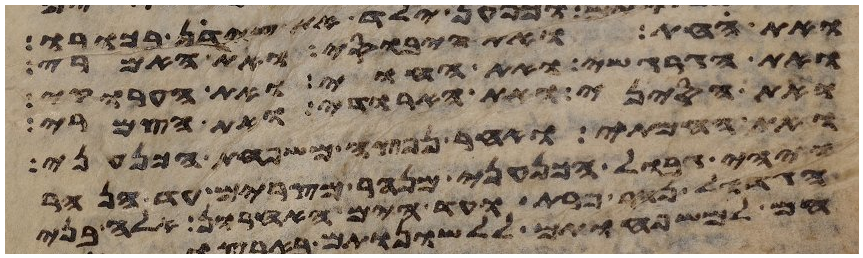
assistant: ואת החת ואת היבוסי ואת האמרי
ואת הגרגשי ואת החוי ואת הערוקי
ואת הסיני ואת הארודי ואת הצמרי
ואת החמתי ואחר נפצה משפחת הכנעני
ויהי גבול הכנעני מנהר מצרים עד הנהר
הגדול נהר פרת ועד הים האחרון אלה בני